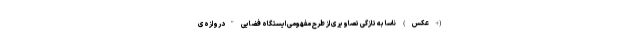
(+عکس) ناسا به تازگی تصاویری از طرح مفهومی ایستگاه فضایی "دروازه‌ی